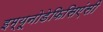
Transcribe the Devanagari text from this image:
इम्यूनोडेफिसिएंसी